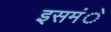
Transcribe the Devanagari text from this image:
इसमंे